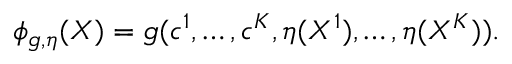
\begin{array} { r } { \phi _ { g , \eta } ( X ) = g ( c ^ { 1 } , \ldots , c ^ { K } , \eta ( X ^ { 1 } ) , \ldots , \eta ( X ^ { K } ) ) . } \end{array}